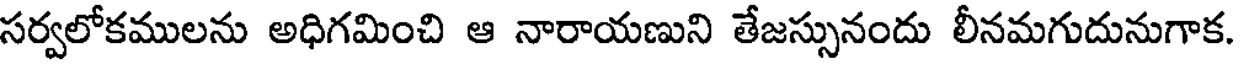
సర్వలోకములను అధిగమించి ఆ నారాయణుని తేజస్సునందు లీనమగుదునుగాక